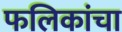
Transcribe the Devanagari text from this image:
फलिकांचा